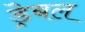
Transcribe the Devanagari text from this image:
ड्रेबल